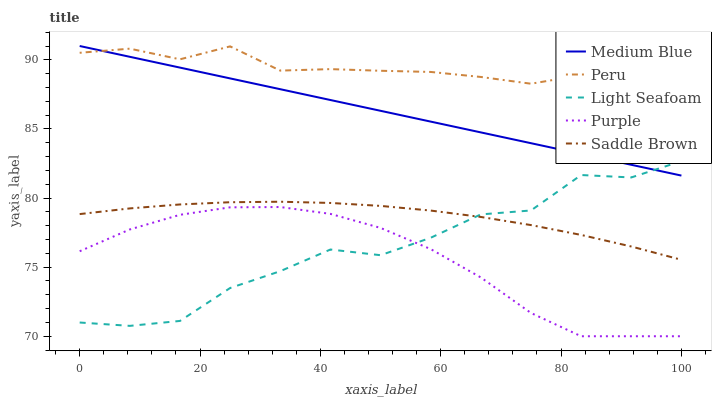
| xaxis_label | Medium Blue | Peru | Light Seafoam | Purple | Saddle Brown |
 | --- | --- | --- | --- | --- | --- |
 | 0 | 91 | 90.5 | 71 | 76.2 | 78.8 |
 | 8.33 | 90.2 | 90.8 | 70.8 | 77.7 | 79.2 |
 | 16.7 | 89.4 | 90 | 71.1 | 78.8 | 79.5 |
 | 25 | 88.7 | 91 | 73.5 | 79.3 | 79.7 |
 | 33.3 | 87.9 | 89.2 | 74.7 | 79.4 | 79.7 |
 | 41.7 | 87.1 | 89.3 | 76.3 | 78.9 | 79.6 |
 | 50 | 86.3 | 89.2 | 75.9 | 77.8 | 79.4 |
 | 58.3 | 85.5 | 89.1 | 77.1 | 76.3 | 79.1 |
 | 66.7 | 84.7 | 88.8 | 78.8 | 74.3 | 78.6 |
 | 75 | 84 | 88.3 | 79.1 | 71.7 | 78 |
 | 83.3 | 83.2 | 88.9 | 81.7 | 70 | 77.3 |
 | 91.7 | 82.4 | 87.1 | 81.5 | 70 | 76.5 |
 | 100 | 81.6 | 88.4 | 82.7 | 70 | 75.5 |